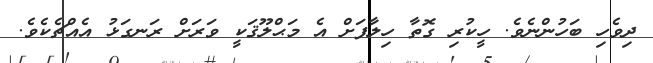
ދިވެހި ބަހުންނެވެ. ހީކުރި ގޮތާ ހިލާފަށް އެ މަޙްލޫޤަކީ ވަރަށް ރަނގަޅު އެއްޗެކެވެ.